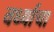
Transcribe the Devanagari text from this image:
वर्ध्याचा